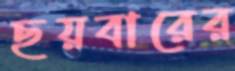
ছয়বারের